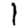
Digit: 1